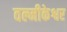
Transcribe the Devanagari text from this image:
वल्मीकेश्वर